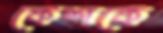
কেশকে